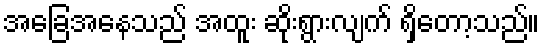
အခြေအနေသည် အထူး ဆိုးရွားလျက် ရှိတော့သည်။